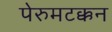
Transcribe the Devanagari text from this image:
पेरुमटक्कन